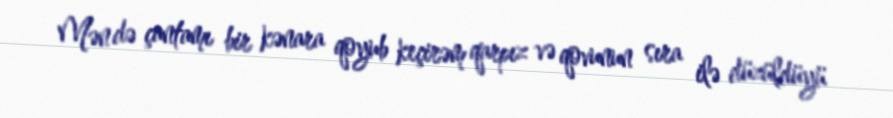
Mən də çantamı bir kənara qoyub keçirəm qarpız və qovunun sıra ilə düzüldüyü